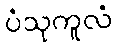
ပံသုကူလံ